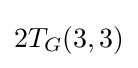
2T_{G}(3,3)